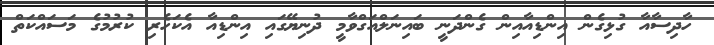
ހާދިސާއާ ގުޅިގެން އިންޑިއާއިން ގެންދަނީ ބައިނަލްއަގްވާމީ ދުނިޔޭގައި އިންޑިއާ އެކަހެރި ކުރުމުގެ މަސައްކަތް